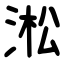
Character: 淞